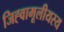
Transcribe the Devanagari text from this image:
जिह्वामूलीयस्य